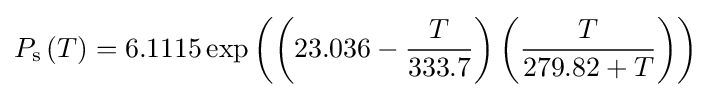
P_{\mathrm {s} }\left(T\right)=6.1115\exp \left(\left(23.036-{\frac {T}{333.7}}\right)\left({\frac {T}{279.82+T}}\right)\right)